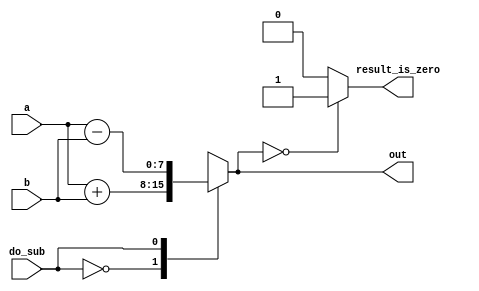
module top_module ( 
    input do_sub,
    input [7:0] a,
    input [7:0] b,
    output reg [7:0] out,
    output reg result_is_zero
  );

    always @(*) begin
        case (do_sub)
          0: out = a+b;
          1: out = a-b;
        endcase
        if (out == 0)
            result_is_zero = 1;
        else result_is_zero = 0;
    end

endmodule